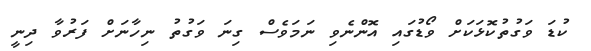
ކުޑަ ވަގުތުކޮޅަކަށް ވޯޑުގައި އޮންނެވި ނަމަވެސް ގިނަ ވަގުތު ނިހާނަށް ފަރުވާ ދިނީ